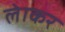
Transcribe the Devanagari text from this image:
लेाकर